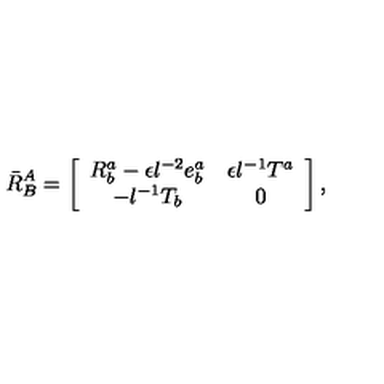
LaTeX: \bar { R } _ { B } ^ { A } = \left[ \begin{array} { c c } { R _ { b } ^ { a } - \epsilon l ^ { - 2 } e _ { b } ^ { a } } & { \epsilon l ^ { - 1 } T ^ { a } } \\ { - l ^ { - 1 } T _ { b } } & { 0 } \\ \end{array} \right] ,